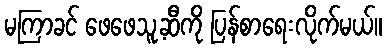
မကြာခင် ဖေဖေသူ့ဆီကို ပြန်စာရေးလိုက်မယ်။